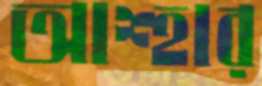
আশ্হার